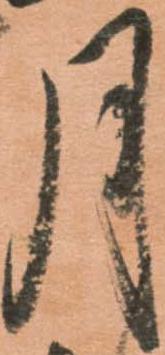
月